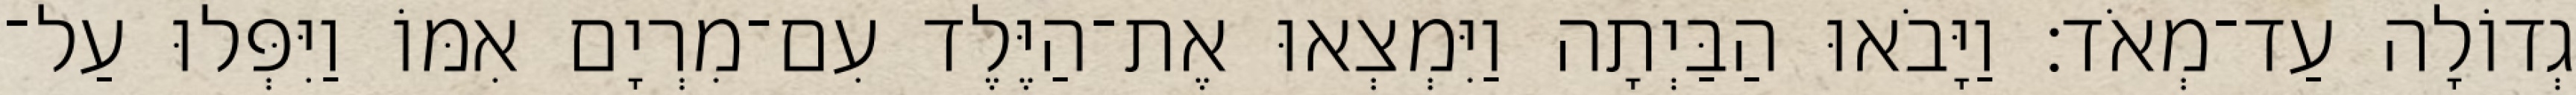
גְדוֹלָה עַד־מְאֹד׃ וַיָּבֹאוּ הַבַּיְתָה וַיִּמְצְאוּ אֶת־הַיֶּלֶד עִם־מִרְיָם אִמּוֹ וַיִּפְּלוּ עַל־